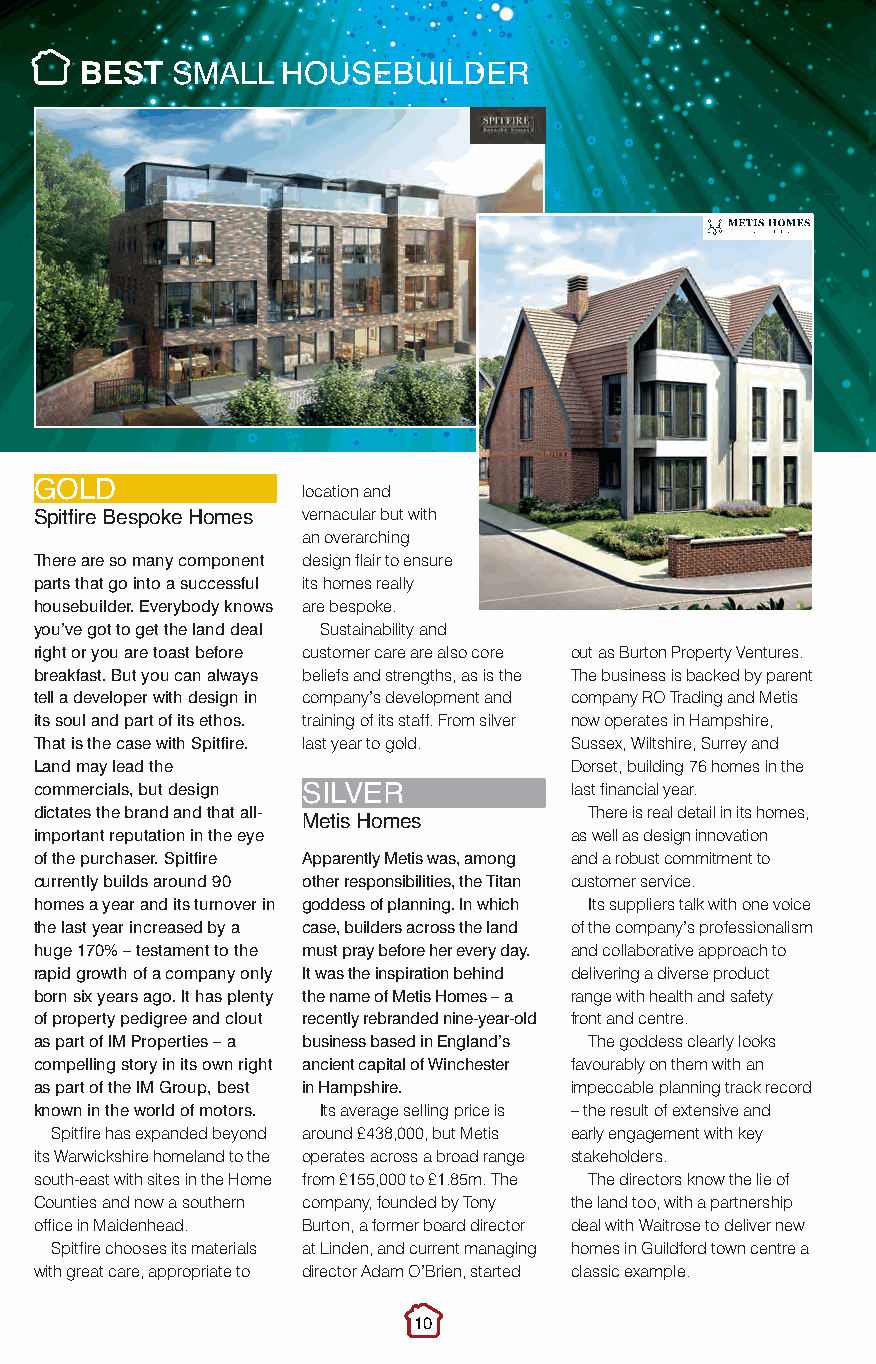
Best Small.qxp_Layout 1 10/11/2016 21:05 Page 1
 BEST  SMALL   HOUSEBUILDER
 location and
 GOLD
 vernacular but with
 Spitfire Bespoke Homes an overarching
 There are so many component design flair to ensure
 parts that go into a successful its homes really
 housebuilder. Everybody knows are bespoke.
 you’ve got to get the land deal Sustainability and
 right or you are toast before customer care are also core out as Burton Property Ventures.
 breakfast. But you can always beliefs and strengths, as is the The business is backed by parent
 tell a developer with design in company’s development and company RO Trading and Metis
 its soul and part of its ethos. training of its staff. From silver now operates in Hampshire,
 That is the case with Spitfire. last year to gold. Sussex, Wiltshire, Surrey and
 Land may lead the                   Dorset, building 76 homes in the
 commercials, but design             last financial year.
 dictates the brand and that all- SILVER There is real detail in its homes,
 important reputation in the eye Metis Homes as well as design innovation
 of the purchaser. Spitfire Apparently Metis was, among and a robust commitment to
 currently builds around 90 other responsibilities, the Titan customer service.
 homes a year and its turnover in goddess of planning. In which Its suppliers talk with one voice
 the last year increased by a case, builders across the land of the company’s professionalism
 huge 170% – testament to the must pray before her every day. and collaborative approach to
 rapid growth of a company only It was the inspiration behind delivering a diverse product
 born six years ago. It has plenty the name of Metis Homes – a range with health and safety
 of property pedigree and clout recently rebranded nine-year-old front and centre.
 as part of IM Properties – a business based in England’s The goddess clearly looks
 compelling story in its own right ancient capital of Winchester favourably on them with an
 as part of the IM Group, best in Hampshire. impeccable planning track record
 known in the world of motors. Its average selling price is – the result of extensive and
 Spitfire has expanded beyond around £438,000, but Metis early engagement with key
 its Warwickshire homeland to the operates across a broad range stakeholders.
 south-east with sites in the Home from £155,000 to £1.85m. The The directors know the lie of
 Counties and now a southern company, founded by Tony the land too, with a partnership
 office in Maidenhead. Burton, a former board director deal with Waitrose to deliver new
 Spitfire chooses its materials at Linden, and current managing homes in Guildford town centre a
 with great care, appropriate to director Adam O’Brien, started classic example.
 10